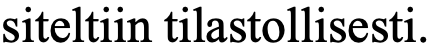
siteltiin tilastollisesti.